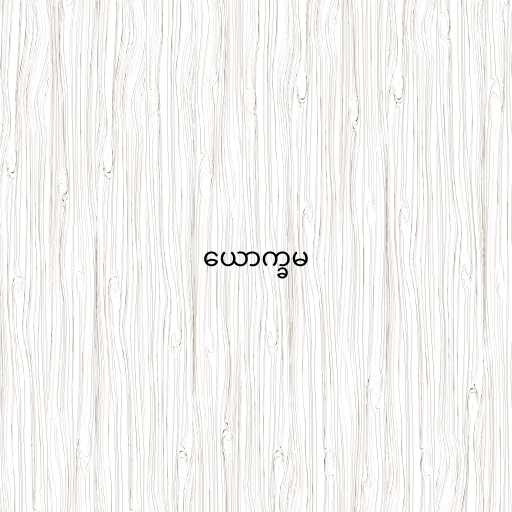
ယောက္ခမ